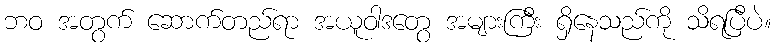
ဘဝ အတွက် ဆောက်တည်ရာ အယူဝါဒတွေ အများကြီး ရှိနေသည်ကို သိရပြီပဲ။